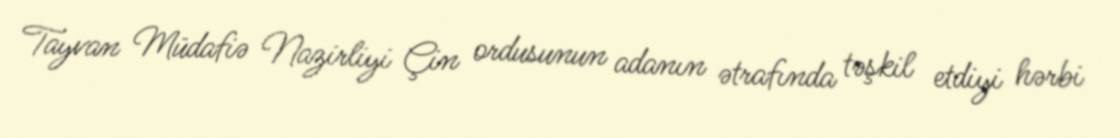
Tayvan Müdafiə Nazirliyi Çin ordusunun adanın ətrafında təşkil etdiyi hərbi